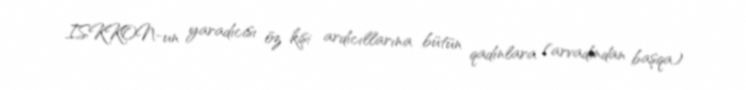
ISKKON-un yaradıcısı öz kişi ardıcıllarına bütün qadınlara (arvadından başqa)